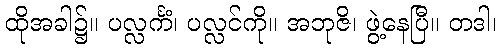
ထိုအခါ၌။ ပလ္လင်္ကံ၊ ပလ္လင်ကို။ အဘုဇိ၊ ဖွဲ့နေပြီ။ တဒါ၊